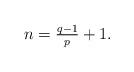
LaTeX: \begin{align*}n = \tfrac{q-1}{p}+1.\end{align*}